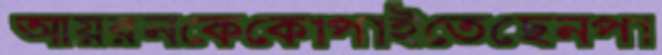
আয়রনকেকোপাইতেছেনপা